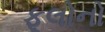
ફૂલોનો